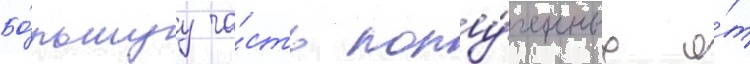
Бо́льшуу ча́сть полу́ченных о́т